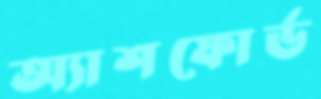
অ্যাশফোর্ড